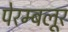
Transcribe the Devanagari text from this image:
पेरम्बलूर